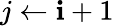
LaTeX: j\gets\mathbf{i}+1